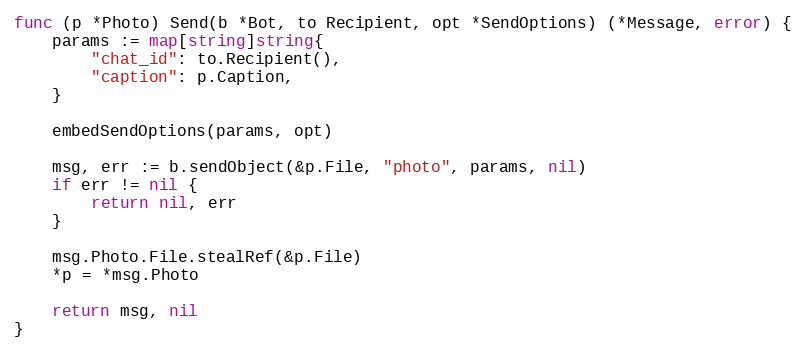
Language: Go
func (p *Photo) Send(b *Bot, to Recipient, opt *SendOptions) (*Message, error) {
	params := map[string]string{
		"chat_id": to.Recipient(),
		"caption": p.Caption,
	}

	embedSendOptions(params, opt)

	msg, err := b.sendObject(&p.File, "photo", params, nil)
	if err != nil {
		return nil, err
	}

	msg.Photo.File.stealRef(&p.File)
	*p = *msg.Photo

	return msg, nil
}